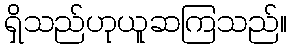
ရှိသည်ဟုယူဆကြသည်။